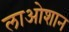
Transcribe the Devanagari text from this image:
लाओशान